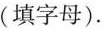
(填字母)。